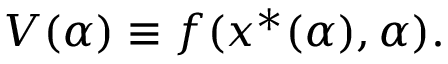
V ( \alpha ) \equiv f ( x ^ { \ast } ( \alpha ) , \alpha ) .